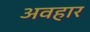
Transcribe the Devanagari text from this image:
अवहार